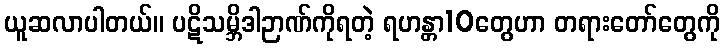
ယူဆလာပါတယ်။ ပဋိသမ္ဘိဒါဉာဏ်ကိုရတဲ့ ရဟန္တာ10တွေဟာ တရားတော်တွေကို